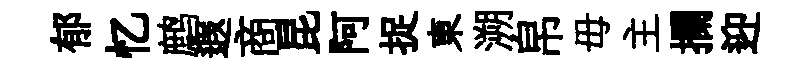
郁忆鹧遐商昆阿捉東溯帛毋主攔迎